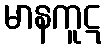
မာနကူဋ